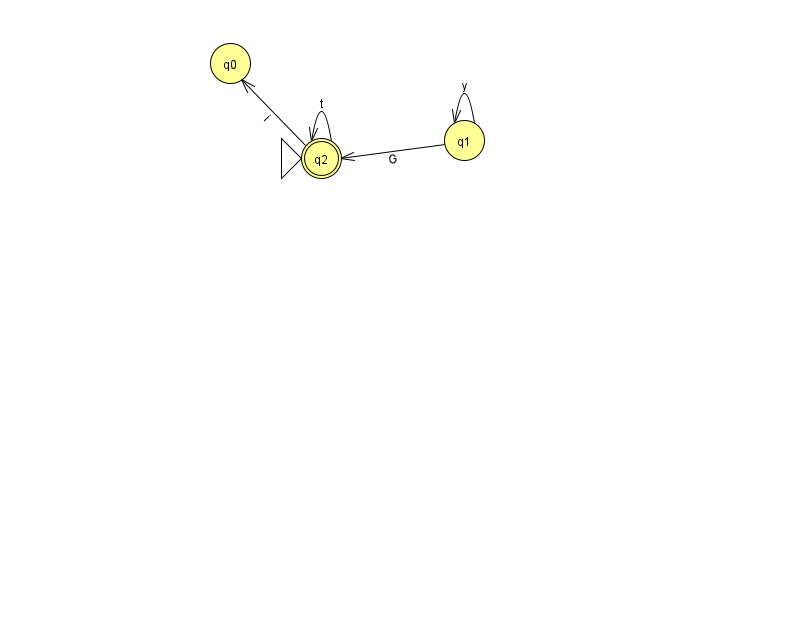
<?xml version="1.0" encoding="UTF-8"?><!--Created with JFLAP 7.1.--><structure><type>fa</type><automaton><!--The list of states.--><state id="0" name="q0"><x>230.0</x><y>50.0</y></state><state id="1" name="q1"><x>464.0</x><y>127.0</y></state><state id="2" name="q2"><x>321.0</x><y>145.0</y><initial/><final/></state><!--The list of transitions.--><transition><from>2</from><to>0</to><read>i</read></transition><transition><from>2</from><to>2</to><read>t</read></transition><transition><from>1</from><to>2</to><read>G</read></transition><transition><from>1</from><to>1</to><read>y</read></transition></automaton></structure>